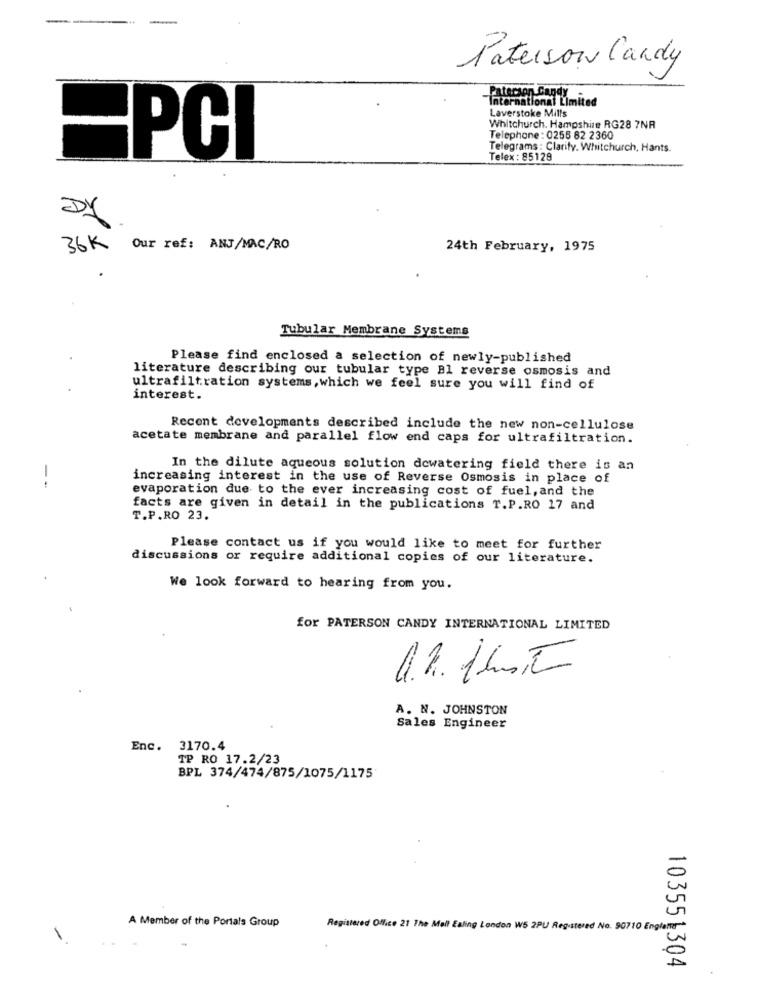
Paterson Candy
Paterson Candy
International Limited
Laverstoke Mills
Whitchurch. Hampshire RG28 7NR
Telephone : 0255 82 2360
Telegrams : Clarify. Whitchurch, Hants.
EPCI
Telex : 85128
36K
Our ref: ANJ/MAC/RO
24th February, 1975
Tubular Membrane Systems
Please find enclosed a selection of newly-published
literature describing our tubular type Bl reverse osmosis and
ultrafiltration systems, which we feel sure you will find of
interest.
Recent developments described include the new non-cellulose
acetate membrane and parallel flow end caps for ultrafiltration.
In the dilute aqueous solution dewatering field there is an
--
increasing interest in the use of Reverse Osmosis in place of
evaporation due to the ever increasing cost of fuel, and the
facts are given in detail in the publications T.P.RO 17 and
T.P.RO 23.
Please contact us if you would like to meet for further
discussions or require additional copies of our literature.
We look forward to hearing from you.
for PATERSON CANDY INTERNATIONAL LIMITED
a.R. thusit
A. N. JOHNSTON
Sales Engineer
Enc. 3170.4
TP RO 17.2/23
BPL 374/474/875/1075/1175
A Member of the Portals Group
Registered Office 21 The Mall Ealing London W5 2PU Registered No. 90710 England
103551304